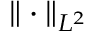
\| \cdot \| _ { L ^ { 2 } }